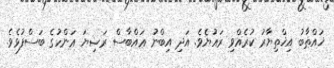
ޚައްޠާބު އިޚްތިޔާރު ކުރެއްވި ރައުޔެވެ. އަދި އިބްނު ޢައްބާސް ރަޟިޔަ ޢަންހުގެ ބަސްފުޅެވެ.